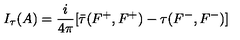
I _ { \tau } ( A ) = \frac { i } { 4 \pi } [ \bar { \tau } ( F ^ { + } , F ^ { + } ) - \tau { } ( F ^ { - } , F ^ { - } ) ]